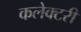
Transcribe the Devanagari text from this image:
कलेक्टरी